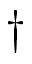
\dag